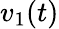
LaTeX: v_{1}(t)